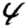
Digit: 4